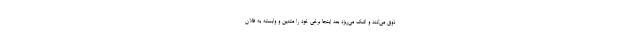
ذوق می‌کند و اشک می‌ریزد بعد اینجا برخی خود را متدین و وابسته به فلان